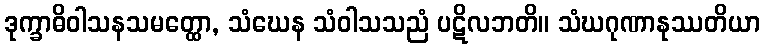
ဒုက္ခာဓိဝါသနသမတ္ထော, သံဃေန သံဝါသသညံ ပဋိလဘတိ။ သံဃဂုဏာနုဿတိယာ